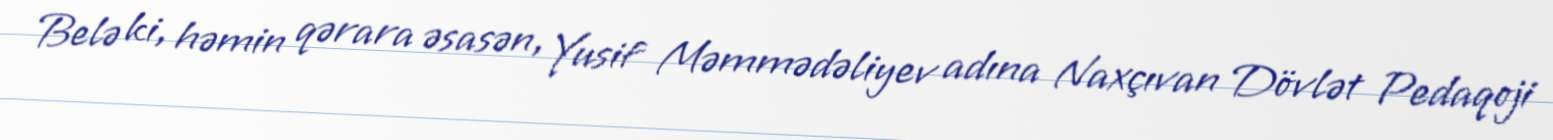
Belə ki, həmin qərara əsasən, Yusif Məmmədəliyev adına Naxçıvan Dövlət Pedaqoji